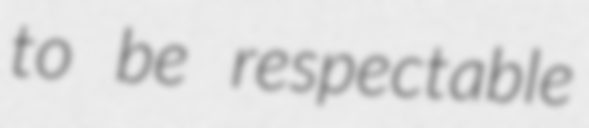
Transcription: to be respectable